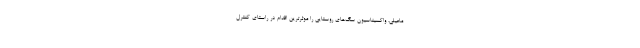
ماعیلی، واکسیناسیون سگ‌های روستایی را موثرترین اقدام در راستای کنترل